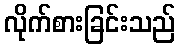
လိုက်စားခြင်းသည်